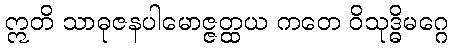
ဣတိ သာဓုဇနပါမောဇ္ဇတ္ထယ ကတေ ဝိသုဒ္ဓိမဂ္ဂေ